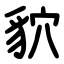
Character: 貁